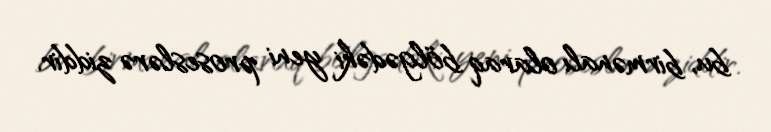
bu, birmənalı olaraq bölgədəki yeni proseslərə ziddir.